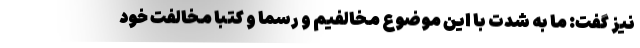
نیز گفت: ما به شدت با این موضوع مخالفیم و رسماً و کتباً مخالفت خود